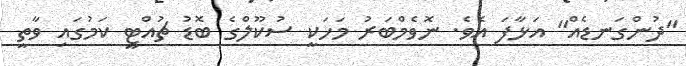
"ދުންގަނޑެއް" އަޅާފަ އެވެ. ނޮވެމްބަރު މަހަކީ ސުކޫލްގެ ބޮޑު ޗުއްޓީ ކަމުގައި ވާތީ